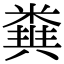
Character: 𥻪